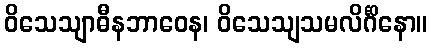
ဝိသေသျာဓီနဘာဝေန၊ ဝိသေသျသမလိင်္ဂိနော။